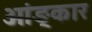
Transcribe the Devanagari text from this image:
ओंङ्कार